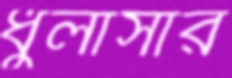
ধুলাসার